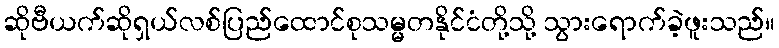
ဆိုဗီယက်ဆိုရှယ်လစ်ပြည်ထောင်စုသမ္မတနိုင်ငံတို့သို့ သွားရောက်ခဲ့ဖူးသည်။